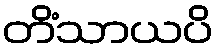
တိံသာယပိ